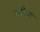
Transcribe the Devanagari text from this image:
कटिन